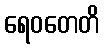
ရေဝတေတိ